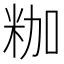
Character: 𮇒